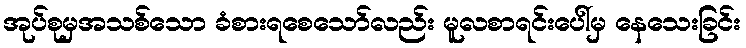
အုပ်စုမှအသစ်သော ခံစားရစေသော်လည်း မူလစာရင်းပေါ်မှ နေသေးခြင်း